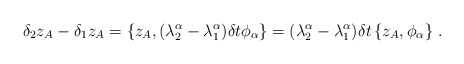
\begin{align*}\delta_2z_A-\delta_1z_A=\{z_A,(\lambda^\alpha_2-\lambda^\alpha_1)\delta t\phi_\alpha\}=(\lambda^\alpha_2-\lambda^\alpha_1)\delta t\,\{z_A,\phi_\alpha\}\ .\end{align*}